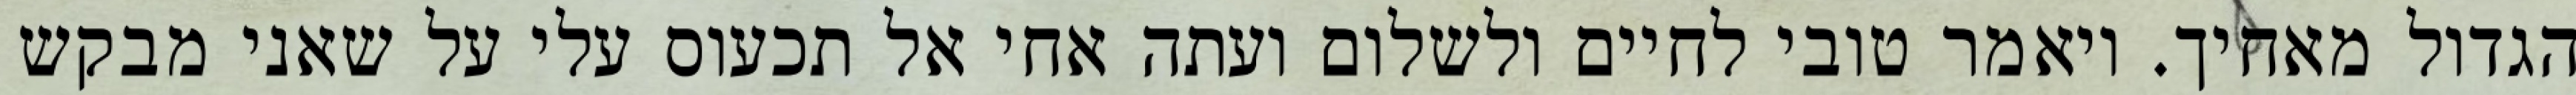
הגדול מאחיך. ויאמר טובי לחיים ולשלום ועתה אחי אל תכעוס עלי על שאני מבקש